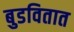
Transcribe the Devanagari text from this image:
बुडवितात